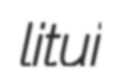
litui